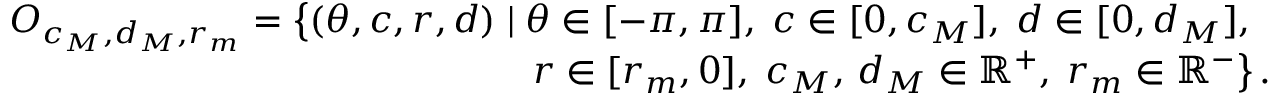
\begin{array} { r } { O _ { c _ { M } , d _ { M } , r _ { m } } = \left\lbrace ( \theta , c , r , d ) \; | \; \theta \in [ - \pi , \pi ] , \; c \in [ 0 , c _ { M } ] , \; d \in [ 0 , d _ { M } ] , \; \right. } \\ { \left. r \in [ r _ { m } , 0 ] , \; c _ { M } , \, d _ { M } \in \mathbb { R } ^ { + } , \; r _ { m } \in \mathbb { R } ^ { - } \right\rbrace . } \end{array}